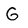
Character: G